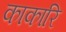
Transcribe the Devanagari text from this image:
काकारि